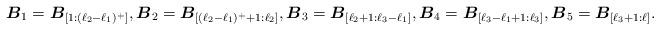
LaTeX: \begin{align*} \boldsymbol{B}_1 = \boldsymbol{B}_{[1:(\ell_2-\ell_1)^+]}, {\boldsymbol{B}_2 = \boldsymbol{B}_{[(\ell_2-\ell_1)^++1:\ell_2]}} , \boldsymbol{B}_3 = \boldsymbol{B}_{[\ell_2+1:\ell_3-\ell_1]}, \boldsymbol{B}_4 = \boldsymbol{B}_{[\ell_3-\ell_1+1:\ell_3]}, { \boldsymbol{B}_5 = \boldsymbol{B}_{[\ell_3+1:\ell]}}. \end{align*}